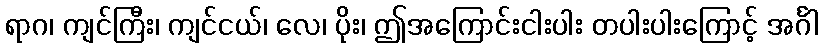
ရာဂ၊ ကျင်ကြီး၊ ကျင်ငယ်၊ လေ၊ ပိုး၊ ဤအကြောင်းငါးပါး တပါးပါးကြောင့် အင်္ဂါ